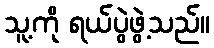
သူ့ကို ရယ်ပွဲဖွဲ့သည်။